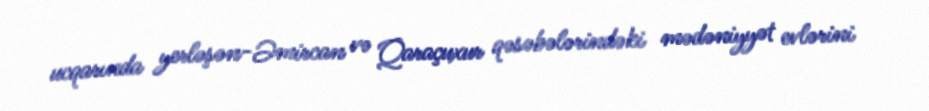
ucqarında yerləşən-Əmircan və Qaraçuxur qəsəbələrindəki mədəniyyət evlərini